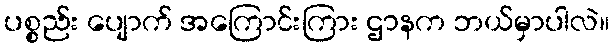
ပစ္စည်း ပျောက် အကြောင်းကြား ဌာနက ဘယ်မှာပါလဲ။